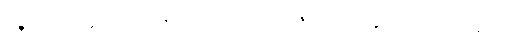
ပဉ္စသီလဓမ္မံ ပါဠိဂမနံ တေလပ္ပဒီပံ ပဇဟေယျန္တိ ဧယျာမဝစနဿ